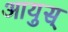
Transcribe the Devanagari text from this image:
आयुस्